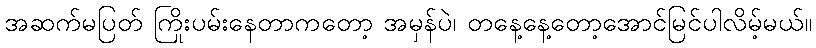
အဆက်မပြတ် ကြိုးပမ်းနေတာကတော့ အမှန်ပဲ၊ တနေ့နေ့တော့အောင်မြင်ပါလိမ့်မယ်။